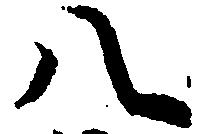
八